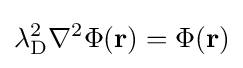
\lambda _{\text{D}}^{2}\nabla ^{2}\Phi (\mathbf {r} )=\Phi (\mathbf {r} )